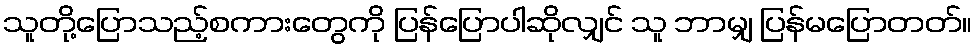
သူတို့ပြောသည့်စကားတွေကို ပြန်ပြောပါဆိုလျှင် သူ ဘာမျှ ပြန်မပြောတတ်။